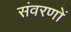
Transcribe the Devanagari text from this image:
संवरणों